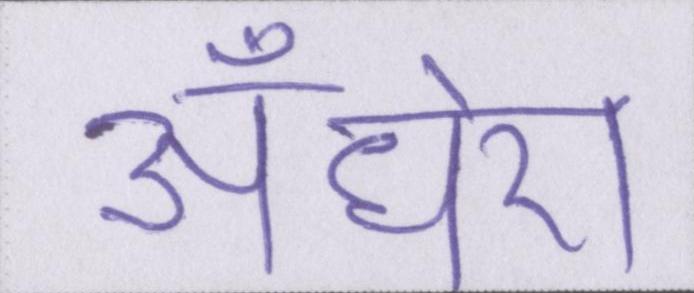
अँधेरा